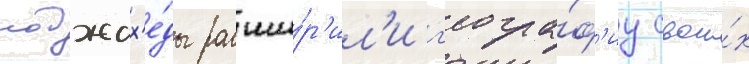
моджах'е́ды расши́р'ил'и г'еогра́ф'иу свои́х